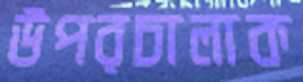
উপরচালাক